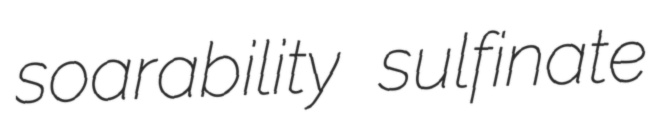
soarability sulfinate